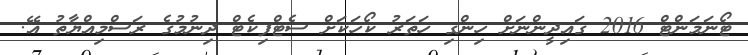
ޓޯނަމަންޓް 2016 ގައިދީންނަށް ހިންގި ހަތަރު ކޯހަކަށް ސެޓްފިކެޓް ދިނުމުގެ ރަސްމިއްޔާތު އޭ.